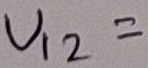
Text: U12=